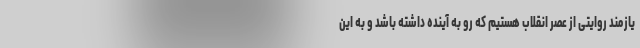
یازمند روایتی از عصر انقلاب هستیم که رو به آینده داشته باشد و به این